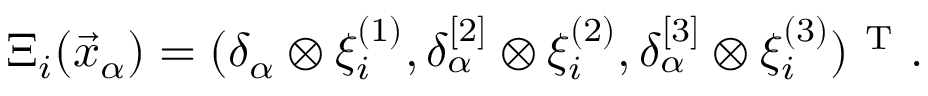
\Xi _ { i } ( \vec { x } _ { \alpha } ) = ( \delta _ { \alpha } \otimes \xi _ { i } ^ { ( 1 ) } , \delta _ { \alpha } ^ { [ 2 ] } \otimes \xi _ { i } ^ { ( 2 ) } , \delta _ { \alpha } ^ { [ 3 ] } \otimes \xi _ { i } ^ { ( 3 ) } ) ^ { \mathrm { ~ T ~ } } .